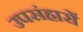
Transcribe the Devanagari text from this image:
उपसंहारों